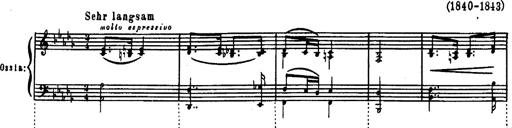
Title: Magyar dalok
Composer: Franz Liszt